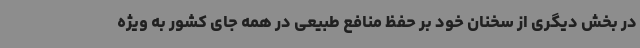
در بخش دیگری از سخنان خود بر حفظ منافع طبیعی در همه جای کشور به ویژه